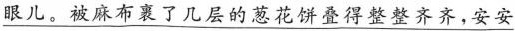
\underline{眼儿。被麻布裹了几层的葱花饼叠得整整齐齐，安安}